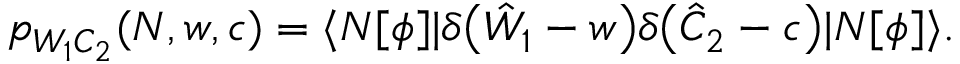
\begin{array} { r } { p _ { W _ { 1 } C _ { 2 } } ( N , w , c ) = \langle N [ \phi ] | \delta \bigl ( \hat { W } _ { 1 } - w \bigr ) \delta \bigl ( \hat { C } _ { 2 } - c \bigr ) | N [ \phi ] \rangle . } \end{array}